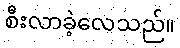
စီးလာခဲ့လေသည်။